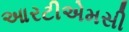
આરટીએમસી